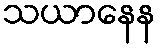
သယာနေန